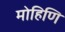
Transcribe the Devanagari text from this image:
मोहिणि